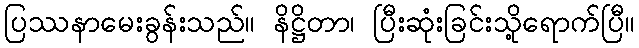
ပြဿနာမေးခွန်းသည်။ နိဋ္ဌိတာ၊ ပြီးဆုံးခြင်းသို့ရောက်ပြီ။